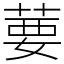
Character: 葽